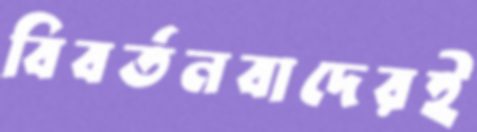
বিবর্তনবাদেরই